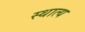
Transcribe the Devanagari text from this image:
स्थात्य